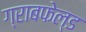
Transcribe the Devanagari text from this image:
ग्राबफेल्ड